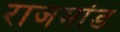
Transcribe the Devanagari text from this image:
राजमांड